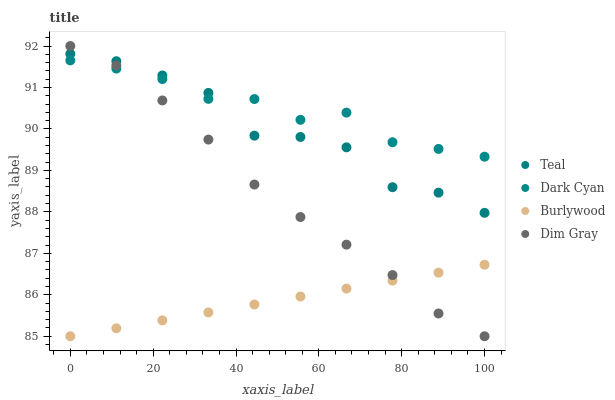
| xaxis_label | Teal | Dark Cyan | Burlywood | Dim Gray |
 | --- | --- | --- | --- | --- |
 | 0 | 91.8 | 91.7 | 85 | 92 |
 | 11.1 | 91.6 | 91.5 | 85.2 | 91.5 |
 | 22.2 | 91.3 | 91.2 | 85.4 | 90.7 |
 | 33.3 | 90.9 | 90.7 | 85.6 | 89.7 |
 | 44.4 | 89.8 | 90.7 | 85.8 | 88.7 |
 | 55.6 | 89.8 | 90.2 | 86 | 87.9 |
 | 66.7 | 89.6 | 90.4 | 86.1 | 87.2 |
 | 77.8 | 88.6 | 89.7 | 86.3 | 86.5 |
 | 88.9 | 88.5 | 89.5 | 86.5 | 85.5 |
 | 100 | 88 | 89.3 | 86.7 | 85 |